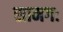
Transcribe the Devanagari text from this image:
सामगः